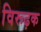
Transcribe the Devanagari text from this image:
विरूढ़क